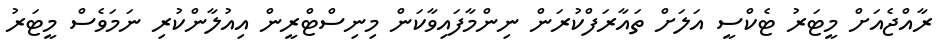
ރާއްޖެއަށް މީޓަރު ޓެކްސީ އަލަށް ތައާރަފްކުރަން ނިންމާފައިވާކަން މިނިސްޓްރީން އިއުލާންކުރި ނަމަވެސް މީޓަރު